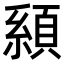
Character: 𩓇